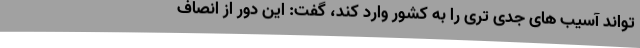
تواند آسیب های جدی تری را به کشور وارد کند، گفت: این دور از انصاف